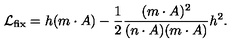
{ \cal L } _ { \mathrm { \small { f i x } } } = h ( m \cdot A ) - \frac { 1 } { 2 } \frac { ( m \cdot A ) ^ { 2 } } { ( n \cdot A ) ( m \cdot A ) } h ^ { 2 } .